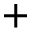
+